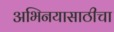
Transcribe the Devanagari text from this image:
अभिनयासाठीचा